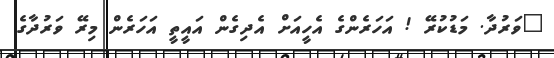
"ވަރުދާ. މަޑުކުރޭ ! އަހަރެންގެ އެހީއަށް އެދިގެން އައީތީ އަހަރެން މިރޭ ވަރުދާގެ